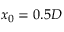
x _ { 0 } = 0 . 5 D